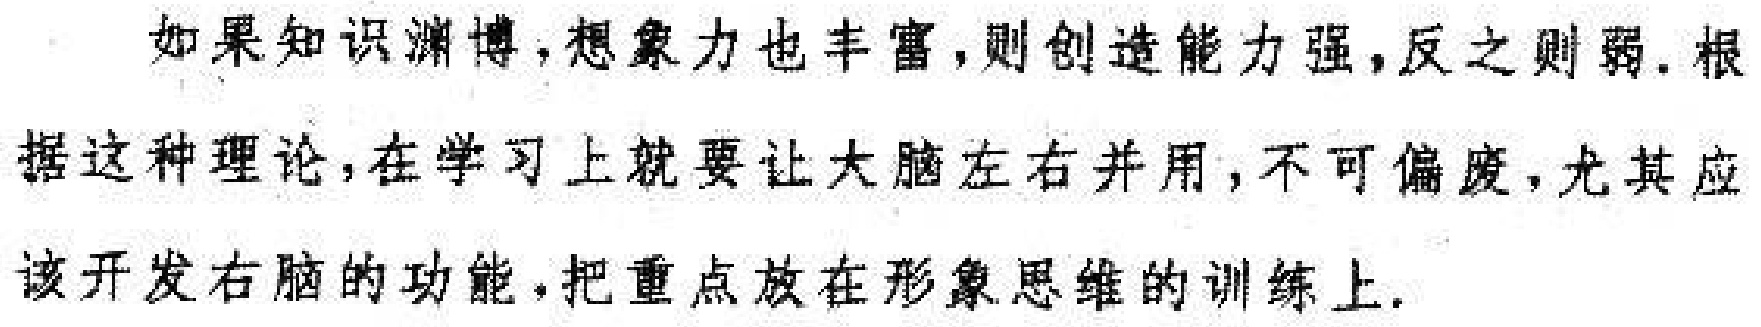
如果知识渊博,想象力也丰富,则创造能力强,反之则弱.根据这种理论,在学习上就要让大脑左右并用,不可偏废,尤其应该开发右脑的功能,把重点放在形象思维的训练上.